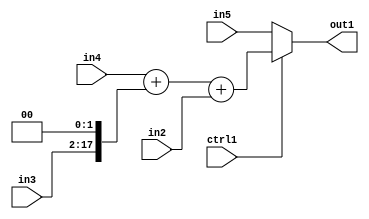
`timescale 1ps / 1ps
/*****************************************************************************
    Verilog RTL Description
    
    
    Created by: Stratus DpOpt 2019.1.01 
*******************************************************************************/

module bn_addr_gen_MuxAdd3u16Cati0u16u32u32u1_4 (
	in5,
	in4,
	in3,
	in2,
	ctrl1,
	out1
	); /* architecture "behavioural" */ 
input [31:0] in5,
	in4;
input [15:0] in3,
	in2;
input  ctrl1;
output [31:0] out1;
wire [31:0] asc001,
	asc002;
wire [17:0] asc003;

assign asc003 = {in3,2'B00};

wire [31:0] asc002_tmp_0;
assign asc002_tmp_0 = 
	+(in4)
	+(asc003);
assign asc002 = asc002_tmp_0
	+(in2);

reg [31:0] asc001_tmp_1;
assign asc001 = asc001_tmp_1;
always @ (ctrl1 or asc002 or in5) begin
	case (ctrl1)
		1'B1 : asc001_tmp_1 = asc002 ;
		default : asc001_tmp_1 = in5 ;
	endcase
end

assign out1 = asc001;
endmodule

/* CADENCE  vrf2Qgk= : u9/ySgnWtBlWxVPRXgAZ4Og= ** DO NOT EDIT THIS LINE ******/